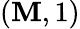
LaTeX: (\mathbf{M},1)